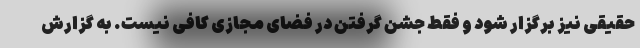
حقیقی نیز برگزار شود و فقط جشن گرفتن در فضای مجازی کافی نیست. به گزارش